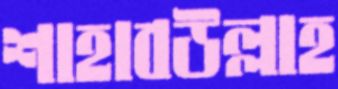
শাহাবউল্লাহ